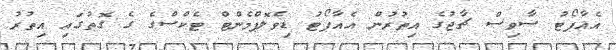
އެއާޕޯޓު ސާވިސް ޗާޖުގެ އިތުރުން އެއާޕޯޓު ޑިވެލޮޕްމެންޓް ޓެކްސްގެ ގެ ގޮތުގައި އިތުރު